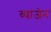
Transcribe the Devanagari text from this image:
व्याजेन